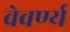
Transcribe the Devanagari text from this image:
वेवर्ण्य